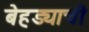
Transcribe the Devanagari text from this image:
बेहड्याची